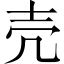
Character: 壳